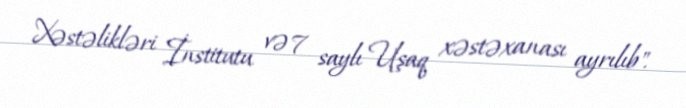
Xəstəlikləri İnstitutu və 7 saylı Uşaq xəstəxanası ayrılıb".